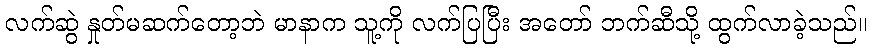
လက်ဆွဲ နှုတ်မဆက်တော့ဘဲ မာနာက သူ့ကို လက်ပြပြီး အတော် ဘက်ဆီသို့ ထွက်လာခဲ့သည်။